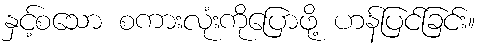
နှင့်စသော စကားလုံးကိုပြောဖို့ ဟန်ပြင်ခြင်း။